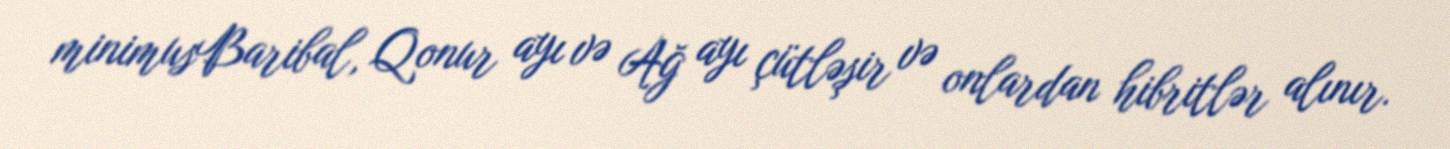
minimusBaribal, Qonur ayı və Ağ ayı çütləşir və onlardan hibritlər alınır.